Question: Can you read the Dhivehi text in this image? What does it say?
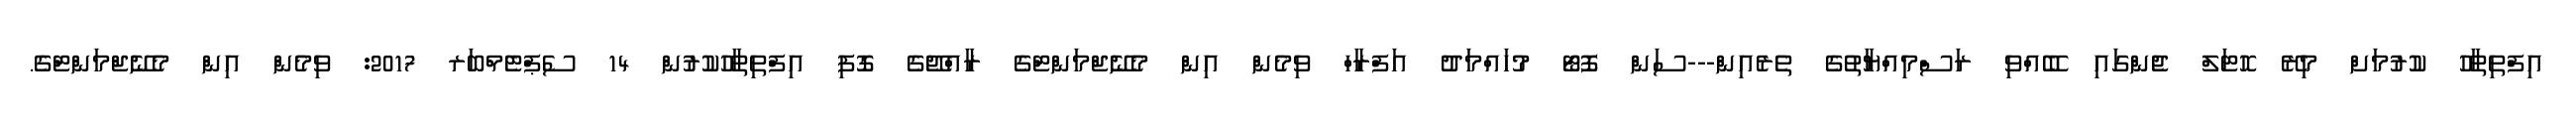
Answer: އިފްތިތާހު ކުރުމަށް މިރޭ ހޮޓަލް ޖެންގައި ބޭއްވި ރަސްމިއްޔާތުގެ ތެރެއިން---ސަން ފޮޓޯ މުހައްމަދު އަފްރާހް ވިމެން އިން މެނޭޖްމަންޓްގެ ރާއްޖޭގެ ގޮފި އިފްތިތާހުކުރުން 14 ސެޕްޓެމްބަރ 2017: ވިމެން އިން މެނޭޖްމަންޓްގެ.